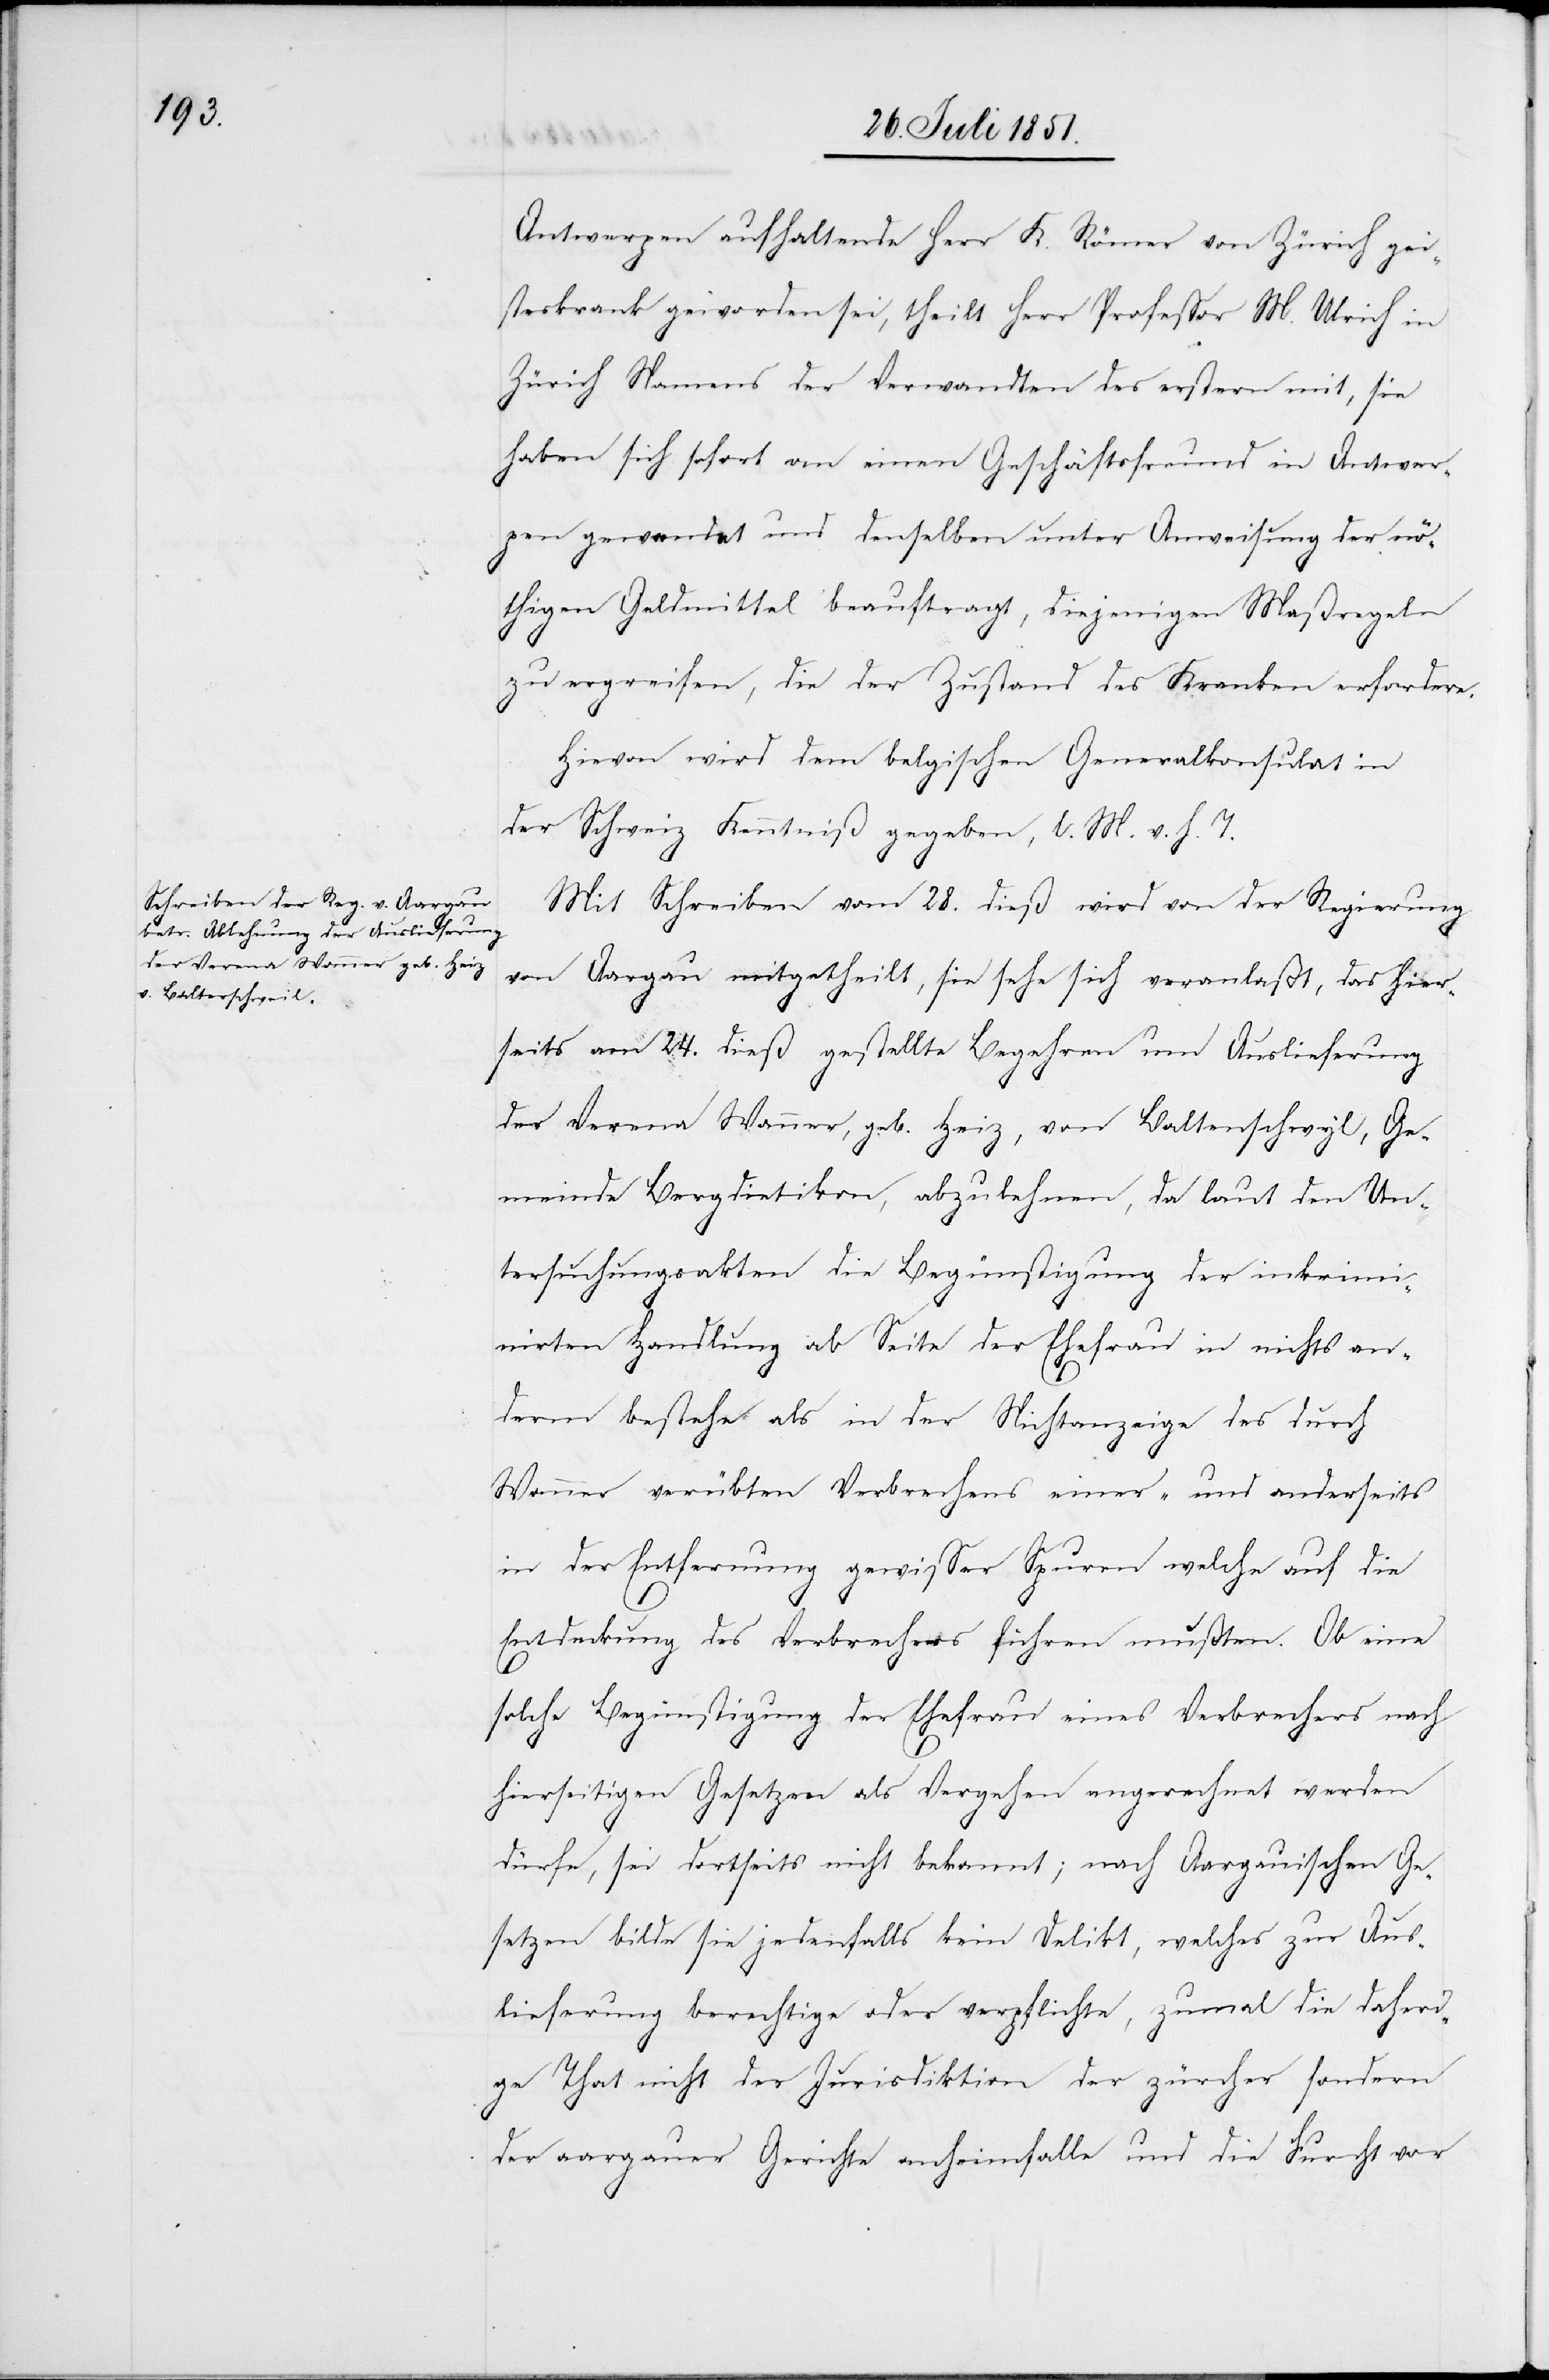
Antwerpen aufhaltende Herr K. Römer von Zürich gei¬
steskrank geworden sei, theilt Herr Professor M. Ulrich in
Zürich Namens der Verwandten des erstern mit, sie
haben sich sofort an einen Geschäftsfreund in Antwer¬
pen gewendet und denselben unter Anweisung der nö¬
thigen Geldmittel beauftragt, diejenigen Maßregeln
zu ergreifen, die der Zustand des Kranken erfordere.
Hievon wird dem belgischen Generalkonsulat in
der Schweiz Kenntniß gegeben, l. M. v. h. T.
Mit Schreiben vom 28. dieß wird von der Regierung
von Aargau mitgetheilt, sie sehe sich veranlaßt, das hier¬
seits am 24. dieß gestellte Begehren um Auslieferung
der Verena Wanner, geb. Heiz, von Baltenschwyl, Ge¬
meinde Bergdietikon, abzulehnen, da laut den Un¬
tersuchungsakten die Begünstigung der inkrimi¬
nirten Handlung ab Seite der Ehefrau in nichts an¬
derm bestehe als in der Nichtanzeige des durch
Wanner verübten Verbrechens einer- und anderseits
in der Entfernung gewisser Spuren welche auf die
Entdeckung des Verbrechens führen mußten. Ob eine
solche Begünstigung der Ehefrau eines Verbrechers nach
hierseitigen Gesetzen als Vergehen angerechnet werden
dürfe, sei dortseits nicht bekannt; nach Aargauischen Ge¬
setzen bilde sie jedenfalls kein Delikt, welches zur Aus¬
lieferung berechtige oder verpflichte, zumal die daheri¬
ge That nicht der Jurisdiktion der zürcher sondern
der aargauer Gerichte anheimfalle und die Furcht vor